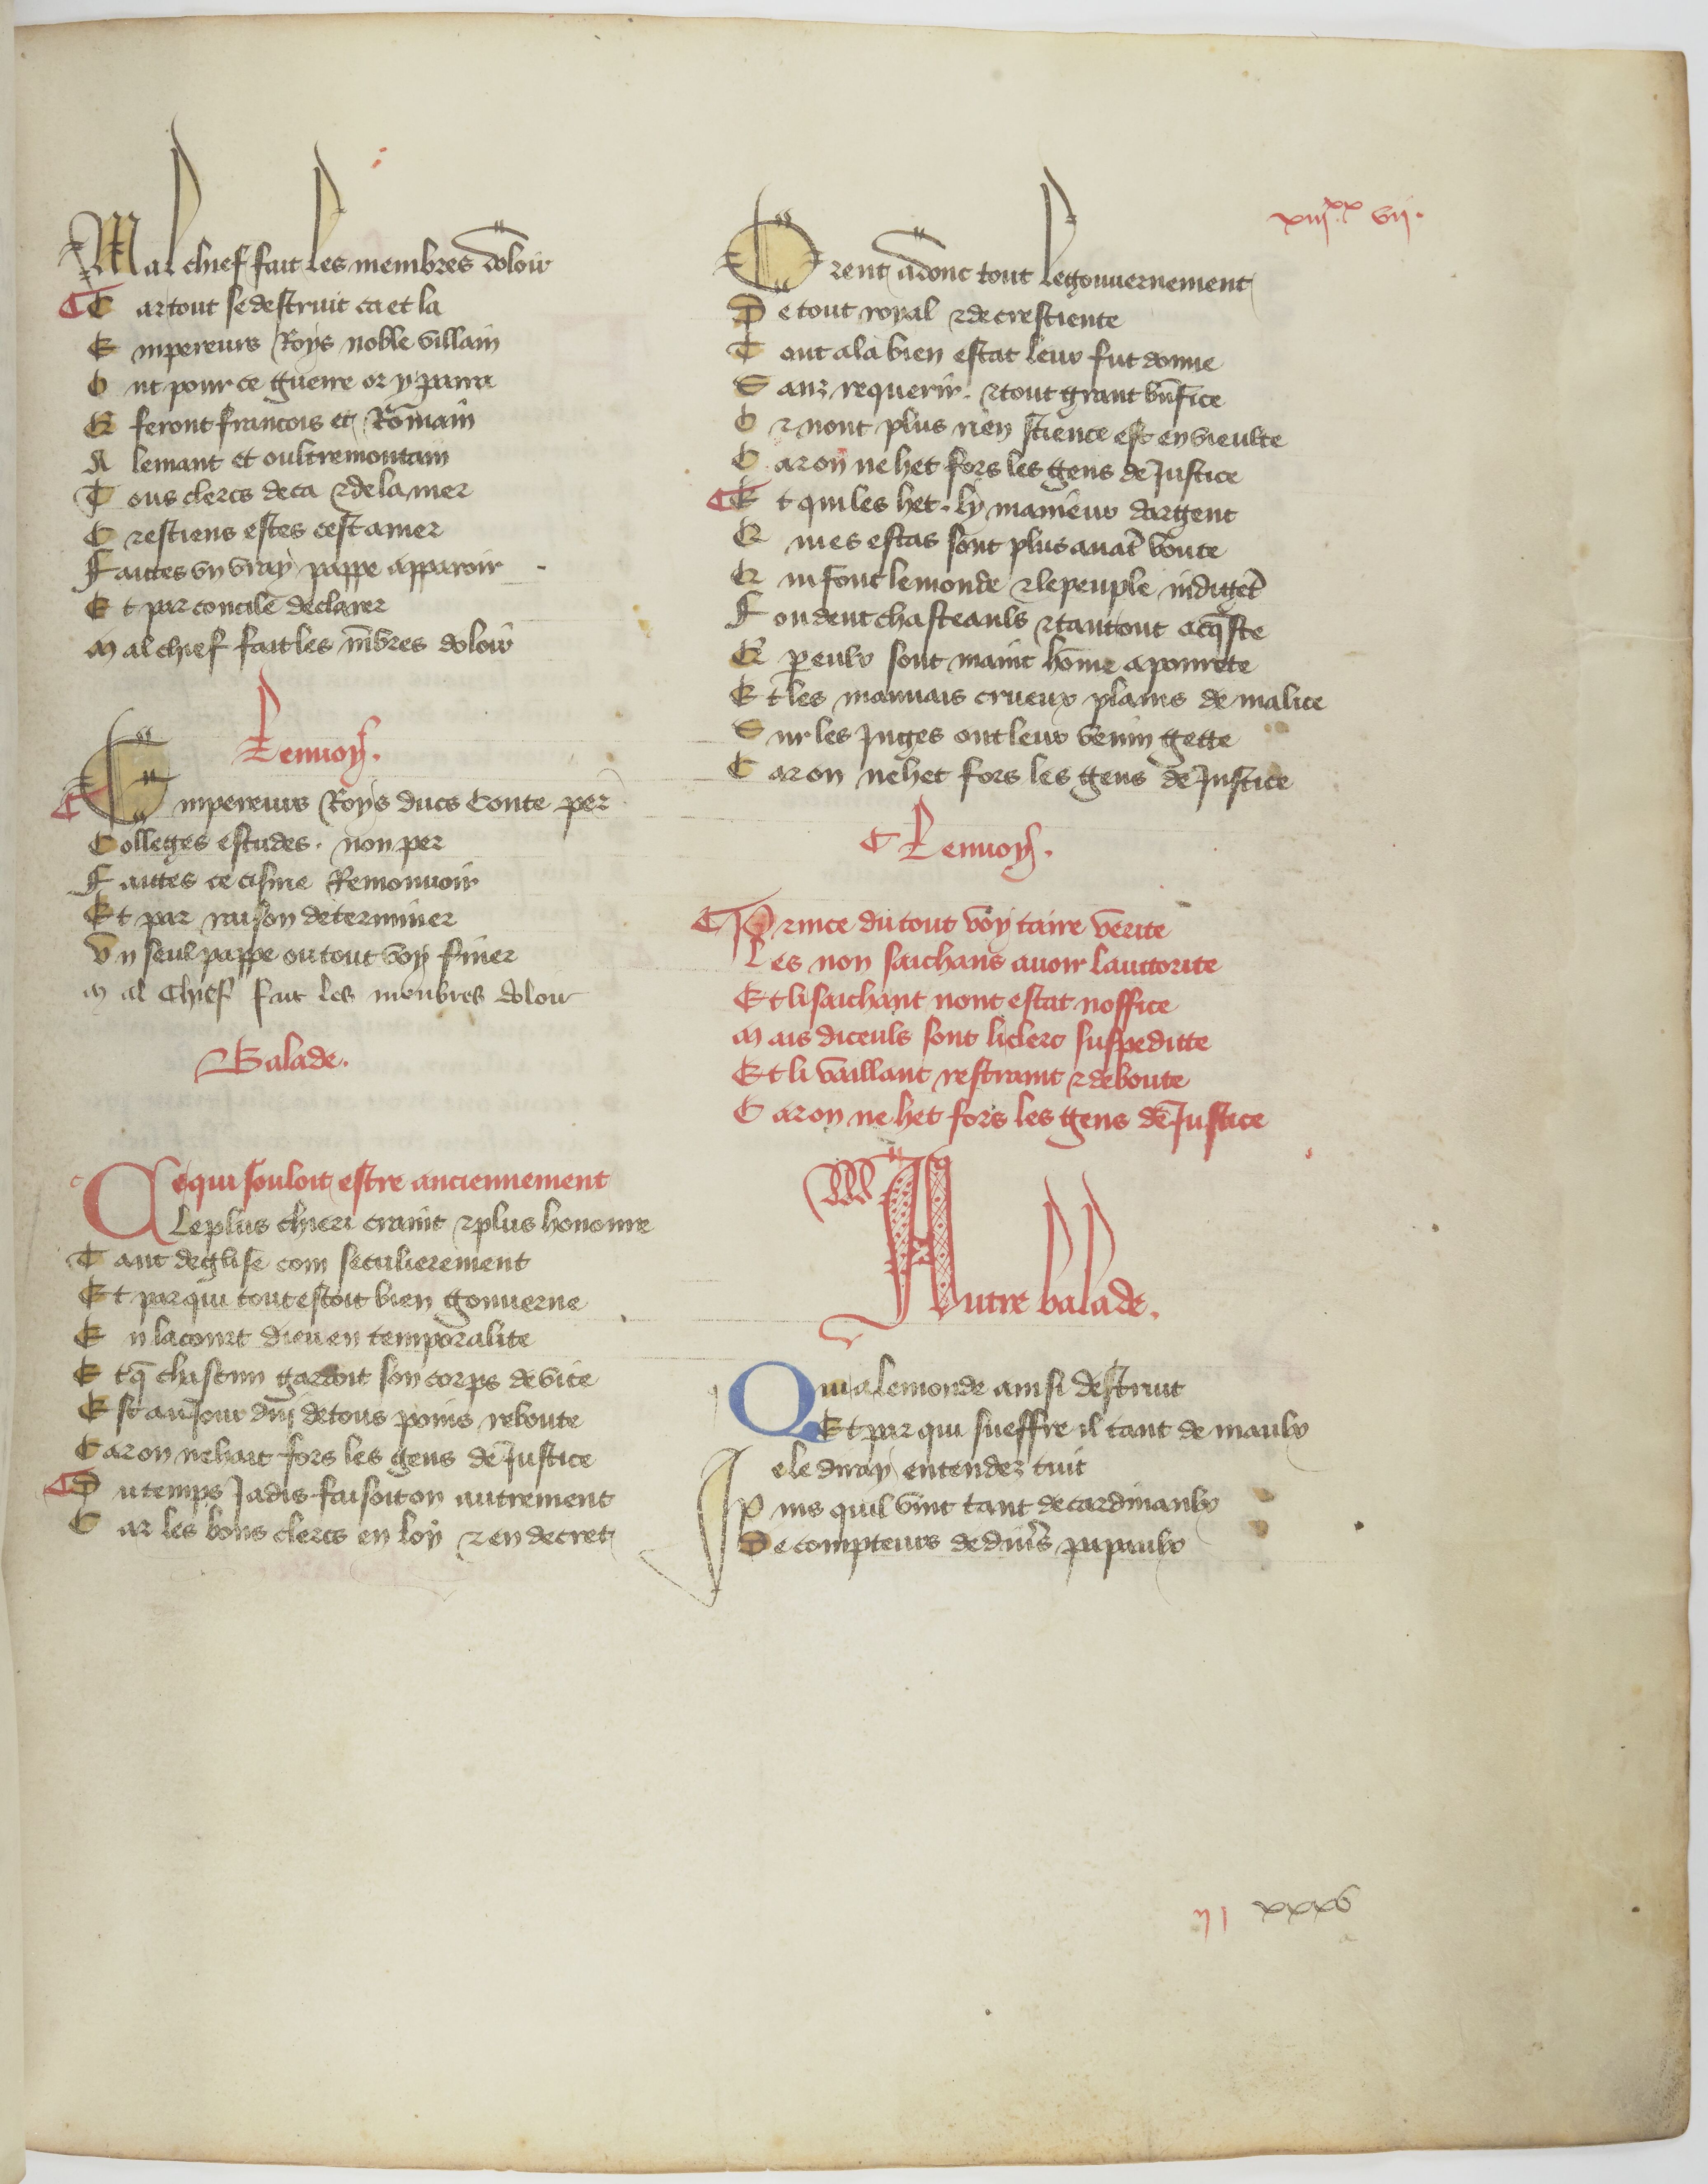
Shelfmark: Paris, BnF, fr. 840
Century: 14